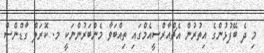
މި ދެ ބޭފުޅުންގެ އިތުރުން އެޗްއާރްސީއެމްގައި ތިއްބަވާ މެންބަރުންނަކީ މ. ކޮރަލް ގާޑްންސް